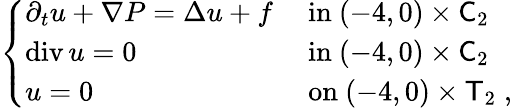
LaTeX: \begin{array}{r}{\left\{ \begin{array}{ll}{\partial_{t}u+\nabla P=\Delta u+f}&{\mathrm{~in~}(-4,0)\times\mathsf C_{2}}\\ {\operatorname{div}u=0}&{\mathrm{~in~}(-4,0)\times\mathsf C_{2}}\\ {u=0}&{\mathrm{~on~}(-4,0)\times\mathsf T_{2}\; ,}\end{array}\right.}\end{array}